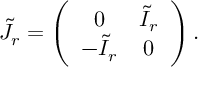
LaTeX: \tilde { J } _ { r } = \left( \begin{array} { c c } { { 0 } } & { { \tilde { I } _ { r } } } \\ { { - \tilde { I } _ { r } } } & { { 0 } } \end{array} \right) .